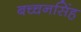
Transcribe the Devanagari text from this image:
बच्चनसिंह